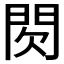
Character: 𮤉